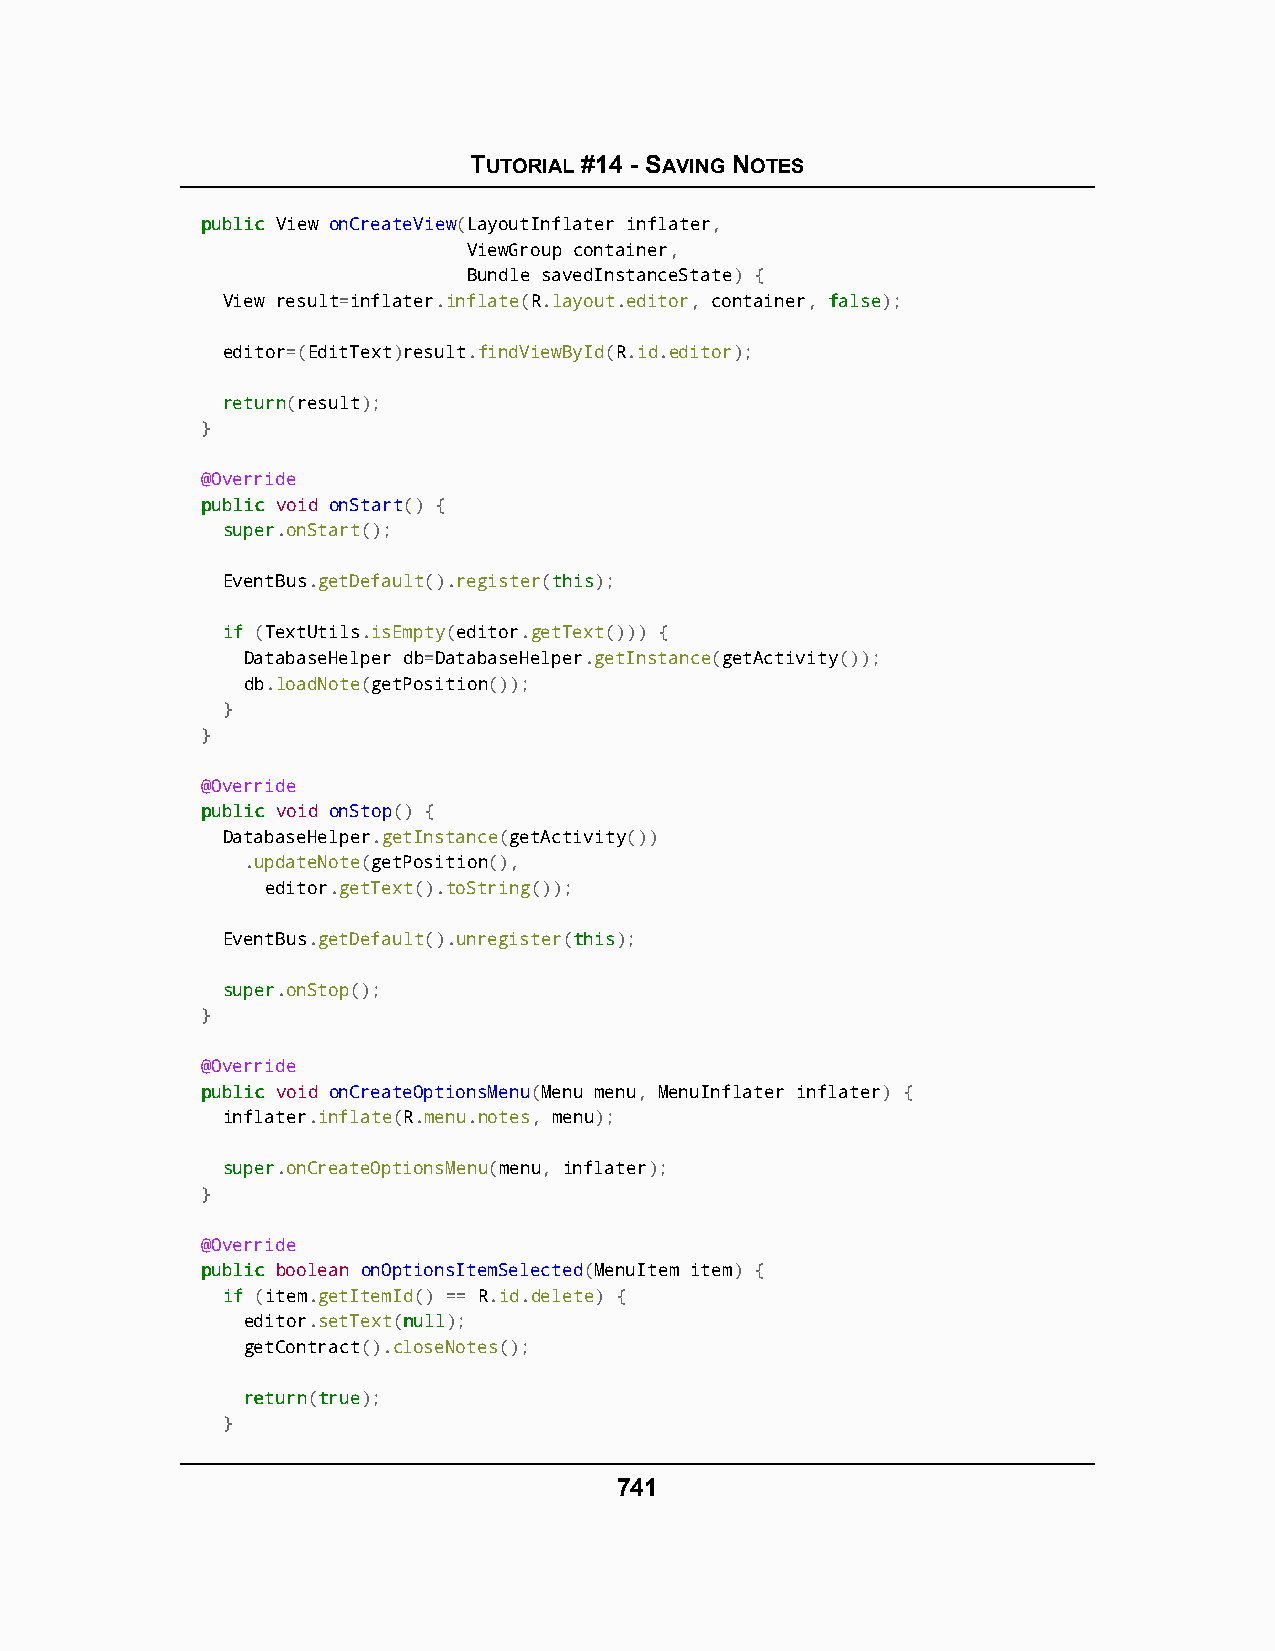
TUTORIAL #14 - SAVING NOTES
 ppuubblliicc View onCreateView(LayoutInflater inflater,
 ViewGroup container,
 Bundle savedInstanceState) {
 View result=inflater.inflate(R.layout.editor, container, ffaallssee);
 editor=(EditText)result.findViewById(R.id.editor);
 rreettuurrnn(result);
 }
 @Override
 ppuubblliicc void onStart() {
 ssuuppeerr.onStart();
 EventBus.getDefault().register(tthhiiss);
 iiff (TextUtils.isEmpty(editor.getText())) {
 DatabaseHelper db=DatabaseHelper.getInstance(getActivity());
 db.loadNote(getPosition());
 }
 }
 @Override
 ppuubblliicc void onStop() {
 DatabaseHelper.getInstance(getActivity())
 .updateNote(getPosition(),
 editor.getText().toString());
 EventBus.getDefault().unregister(tthhiiss);
 ssuuppeerr.onStop();
 }
 @Override
 ppuubblliicc void onCreateOptionsMenu(Menu menu, MenuInflater inflater) {
 inflater.inflate(R.menu.notes, menu);
 ssuuppeerr.onCreateOptionsMenu(menu, inflater);
 }
 @Override
 ppuubblliicc boolean onOptionsItemSelected(MenuItem item) {
 iiff (item.getItemId() == R.id.delete) {
 editor.setText(nnuullll);
 getContract().closeNotes();
 rreettuurrnn(ttrruuee);
 }
 741